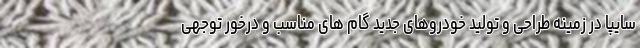
سایپا در زمینه طراحی و تولید خودروهای جدید گام های مناسب و درخور توجهی